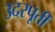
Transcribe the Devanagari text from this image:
उदरपूर्ती